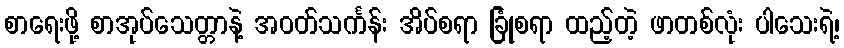
စာရေးဖို့ စာအုပ်သေတ္တာနဲ့ အဝတ်သင်္ကန်း အိပ်စရာ ခြုံစရာ ထည့်တဲ့ ဖာတစ်လုံး ပါသေးရဲ့၊